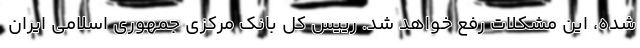
شده، این مشکلات رفع خواهد شد. رییس کل بانک مرکزی جمهوری اسلامی ایران